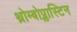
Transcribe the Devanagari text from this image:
थ्रोम्बोप्लास्टिन